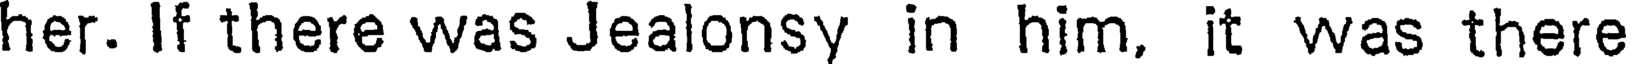
her. If there was Jealonsy in him, it was there